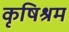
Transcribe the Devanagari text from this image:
कृषिश्रम